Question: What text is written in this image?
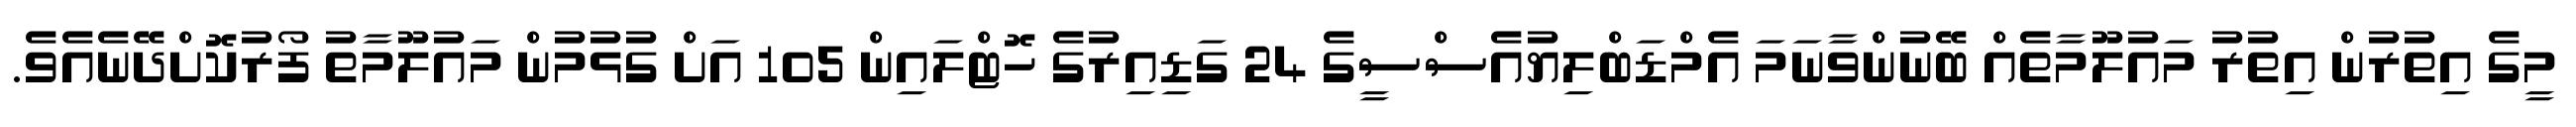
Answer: މީގެ އިތުރުން އިތުރު މައުލޫމާތެއް ބޭނުންވާނަމަ އެމްޑަބްލިޔުއެސްސީގެ 24 ގަޑިއިރުގެ ހޮޓްލައިން 105 އަށް ގުޅުމުން މައުލޫމާތު ފޯރުކޮށްދޭނެއެވެ.